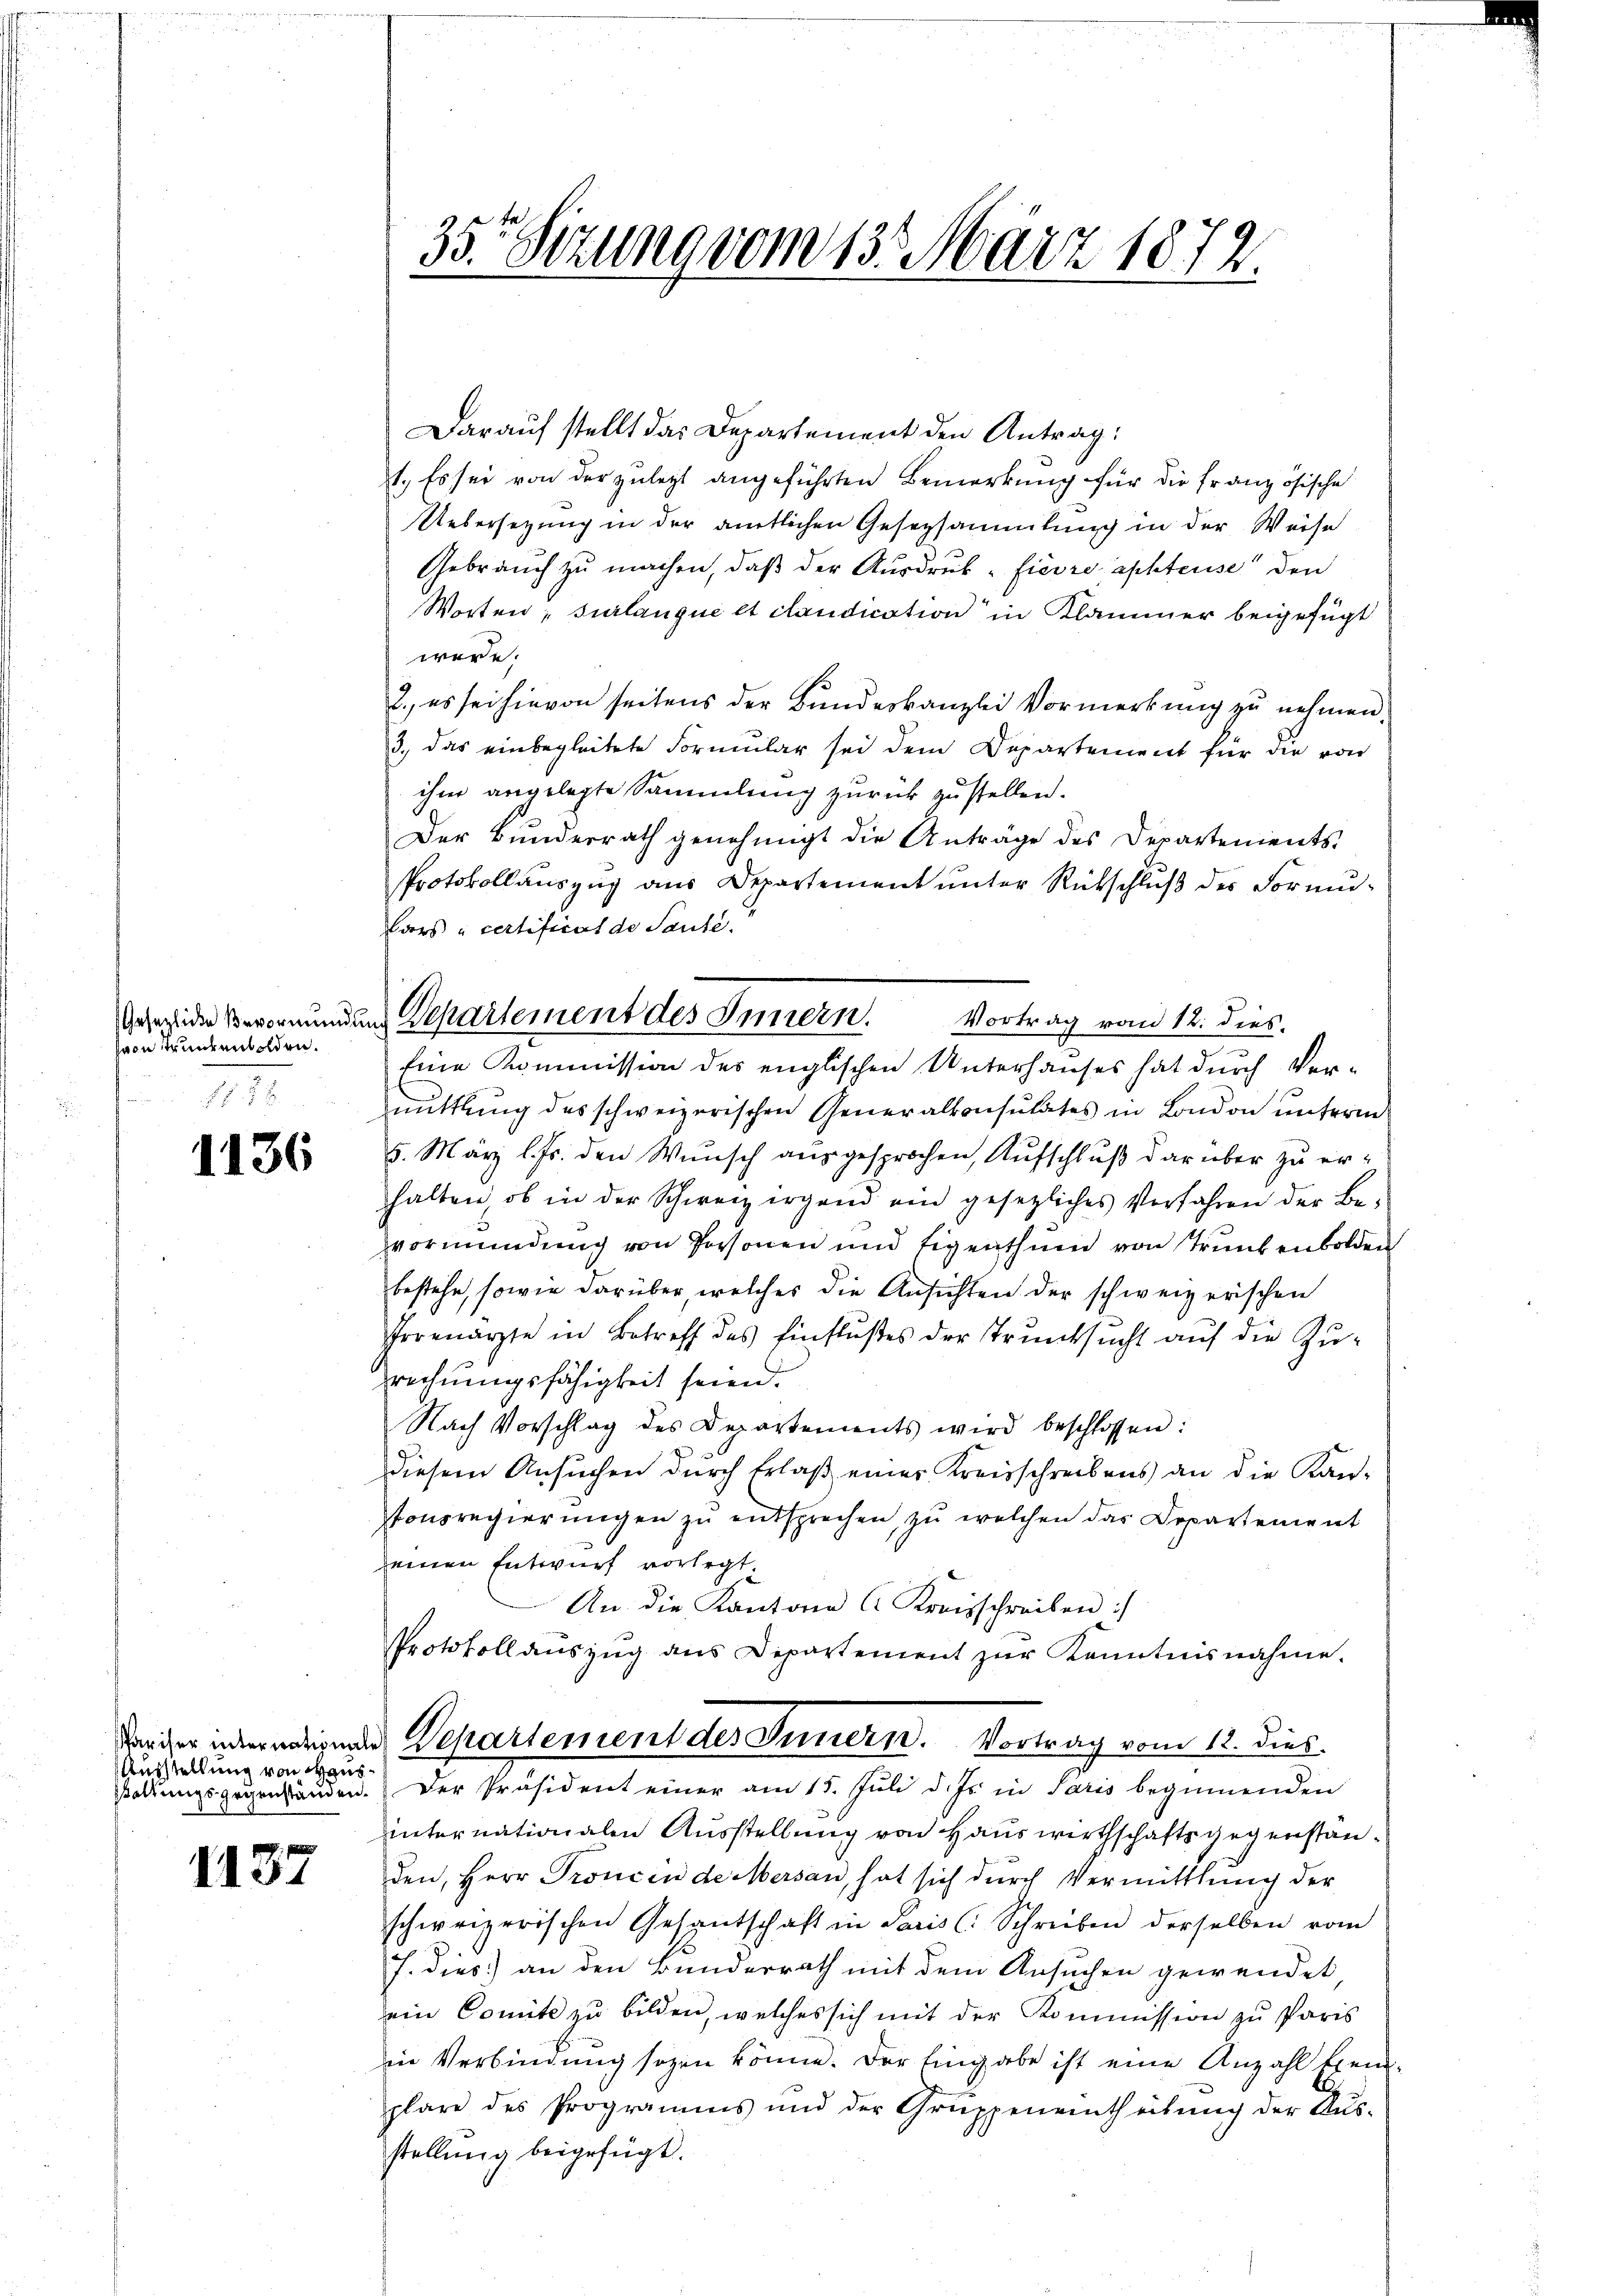
hvon Trunkenbolden.

1136

Ausstellung von Hausstaltungsgegenständen.

1137

Darauf stellt das Departement den Antrag:
1.) Es sei von der zuletzt angeführten Bemerkung für die französische
Uebersetzung in der amtlichen Gesetzsammlung in der Weise
Gebrauch zu machen, daß der Ausdruck, fievre aphteuse den
Worten, surlangue et candication in Klammer beigefügt
were.
2., es sei hievon seitens der Bundeskanzlei Vormerkung zu nehmen.
3., das einbegleitete Formular sei dem Departement für die von
ihm angelegte Sammlung zurück zu stellen.
Der Bundesrath genehmigt die Anträge des Departenients-
Protokollauszug aus Departement ŭnter Rückschlŭβ des Formŭ-
Cars „certificat de Saute.
Vortrag vom 12. dies
mittlung des schweizerischen Generalkonsulates in London unterm
5. März l. Js. den Wunsch ausgesprochen, Aufschluß darüber zu erhalten, ob in der Schweiz irgend ein gesetzliches Verfahren der Be-
vormundung von Personen und Eigenthum von Trunkenbolden
bestehe, sowie darüber, welches die Ansichten der schweizerischen
Proenärzte in Betreff des Einflŭβes der Trŭnksŭcht aŭf die Zŭ-
prechnungsfähigkeit seien.
Nach Vorschlag des Departements wird beschlossen:
diesem Ansuchen durch Erlaß einer Kreisschreibens an die Kan-
tonsregierŭngen zŭ entsprechen, zŭ welchen das Departement
einen Entwurf vorlegt.
An die Kantons Kreisschreiben :/
Protokollaŭszŭg ans Departement zŭr Kenntnisnahme.
Varier übernerigen Departement des Innern. Vortrag vom 12. dies
Der Präsident einer am 15. Juli d. Js. in Paris beginnenden
internationalen Ausstellung von Hauswirthschaftsgegenstanden, Herr Proncen de Mersan, hat sich durch Vermittlung der
schweizerischen Gesantschaft in Paris (: Schreiben derselben vom
J. dies) an den Bunderrath mit dem Ansuchen gewendet
ein Comite zu bilden, welches sich mit der Kommission zu Paris
ie Verbindung sogen könne. Der Eingabe ist eine Anzahl treiplare des Programms und der Gruppeneintheilŭng der Aŭs-
stellung beigefügt.

35 Setzung vom 13. März 1872.

Gesezidie Verormundung Departement des Innern.
Eine Kommission des englischen Unterhauses hat durch Ver¬